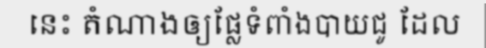
នេះ តំណាងឲ្យផ្លែទំពាំងបាយជូ ដែល